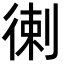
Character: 𢔯